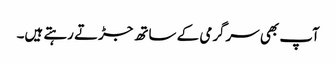
آپ بھی سرگرمی کے ساتھ جڑتے رہتے ہیں۔